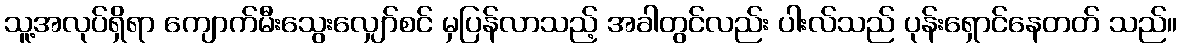
သူ့အလုပ်ရှိရာ ကျောက်မီးသွေးလျှော်စင် မှပြန်လာသည့် အခါတွင်လည်း ပါးလ်သည် ပုန်းရှောင်နေတတ် သည်။